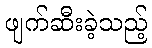
ဖျက်ဆီးခဲ့သည့်